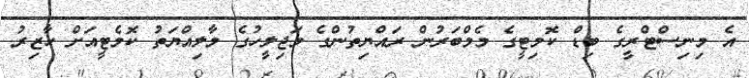
އެ މިނިސްޓްރީގެ ބިޑް ކޮމިޓީގެ މެމްބަރުން ރައްޔިތުންގެ މަޖިލީހުގެ މާލިއްޔަތު ކޮމެޓީއަށް ހާޒިރު